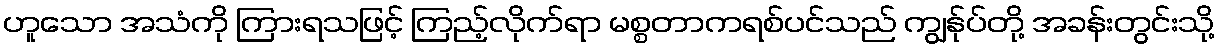
ဟူသော အသံကို ကြားရသဖြင့် ကြည့်လိုက်ရာ မစ္စတာကရစ်ပင်သည် ကျွန်ုပ်တို့ အခန်းတွင်းသို့